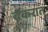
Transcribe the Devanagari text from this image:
बकरात